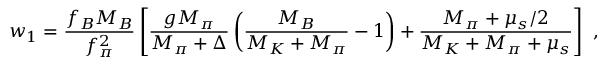
w _ { 1 } = \frac { f _ { B } M _ { B } } { f _ { \pi } ^ { 2 } } \left[ \frac { g M _ { \pi } } { M _ { \pi } + \Delta } \left( \frac { M _ { B } } { M _ { K } + M _ { \pi } } - 1 \right) + \frac { M _ { \pi } + \mu _ { s } / 2 } { M _ { K } + M _ { \pi } + \mu _ { s } } \right] ~ ,